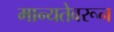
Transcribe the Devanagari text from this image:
मान्यतेवरून